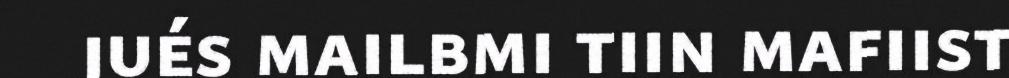
jués mailbmi tiin mafiist